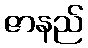
ဇာနည်